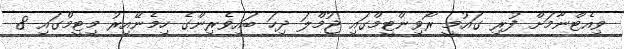
ވިއެޓްނާމަށް ފުރި ގައުމީ ރޯވިންޓީމްގައި ޖުމްލަ ދިހަ ބައިވެރިންގެ ހިމެނޭއިރު މިޓީމްގައި 8